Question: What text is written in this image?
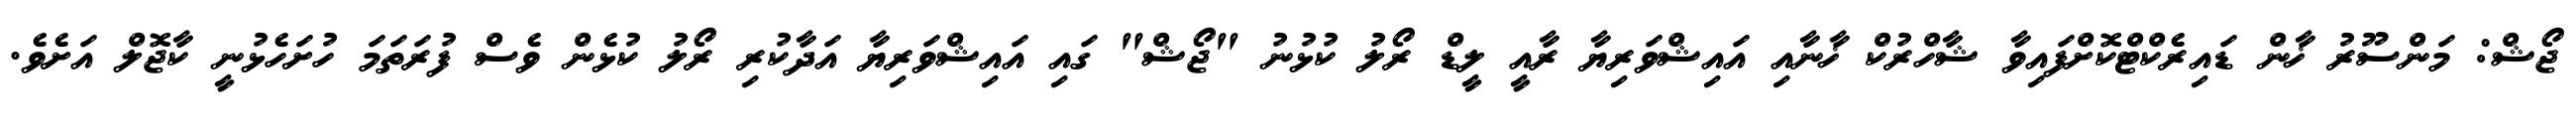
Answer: ޖޯޝް: މަންސޫރު ޚާން ޑައިރެކްޓްކޮށްފައިވާ ޝާހްރުކް ޚާނާއި އައިޝްވަރިޔާ ރާއީ ލީޑް ރޯލު ކުޅުނު "ޖޯޝް" ގައި އައިޝްވަރިޔާ އަދާކުރި ރޯލު ކުޅެން ވެސް ފުރަތަމަ ހުށަހެޅުނީ ކާޖޮލް އަށެވެ.